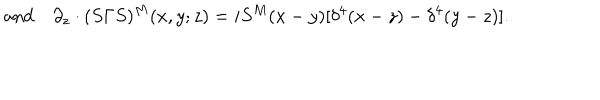
LaTeX: \mathrm { a n d } \quad \partial _ { z } \cdot ( S \Gamma S ) ^ { M } ( x , y ; z ) = i S ^ { M } ( x - y ) [ \delta ^ { 4 } ( x - z ) - \delta ^ { 4 } ( y - z ) ] .